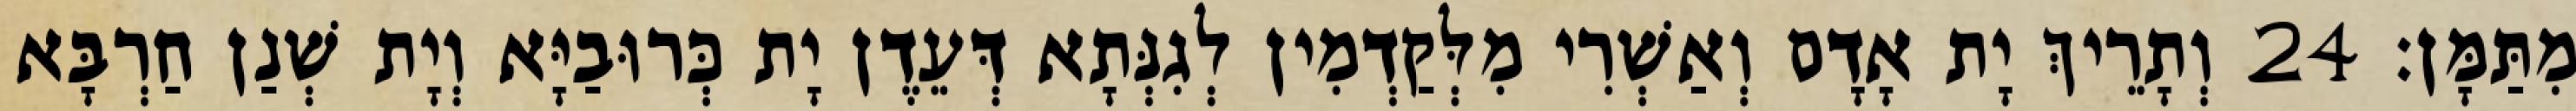
מִתַּמָּן׃ 24 וְתָרֵיךְ יָת אָדָם וְאַשְׁרִי מִלְּקַדְמִין לְגִנְּתָא דְּעֵדֶן יָת כְּרוּבַיָּא וְיָת שְׁנַן חַרְבָּא